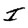
Character: I